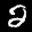
Label: 2